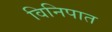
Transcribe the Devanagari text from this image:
विनिपात